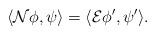
LaTeX: \begin{align*}\langle \mathcal{N}\phi,\psi \rangle = \langle \mathcal{E}\phi',\psi' \rangle .\end{align*}